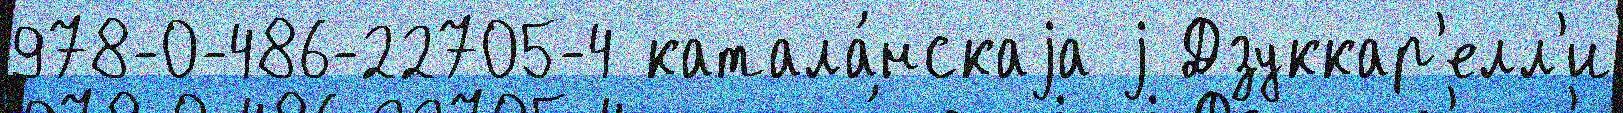
978-0-486-22705-4 катала́нскаjа j Дзуккар'елл'и